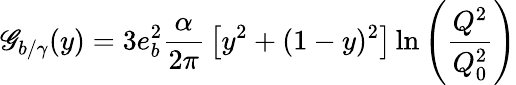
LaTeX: \mathscr{G}_{b/\gamma}(y)=3e_{b}^{2}{\frac{{\alpha}}{{2\pi}}}\left[y^{2}+(1-y)^{2}\right]\ln\left(\frac{{Q^{2}}}{{Q_{0}^{2}}}\right)